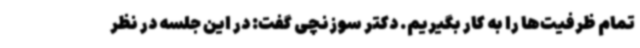
تمام ظرفیت‌ها را به کار بگیریم. دکتر سوزنچی گفت: در این جلسه در نظر